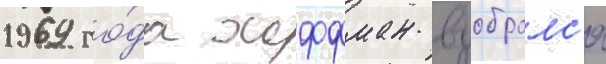
1969 го́да хоффман взобралс'я